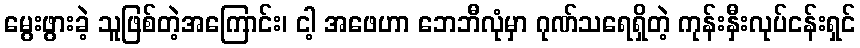
မွေးဖွားခဲ့ သူဖြစ်တဲ့အကြောင်း၊ ငါ့ အဖေဟာ ဘေဘီလုံမှာ ဂုဏ်သရေရှိတဲ့ ကုန်းနှီးလုပ်ငန်းရှင်